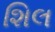
શિલ